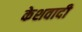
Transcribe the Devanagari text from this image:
केशवादी